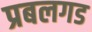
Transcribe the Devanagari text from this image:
प्रबलगड